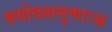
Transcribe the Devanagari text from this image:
त्रयोदशगुणाःअ